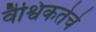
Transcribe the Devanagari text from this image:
वैश्विकतेचे